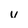
Character: v